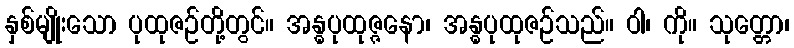
နှစ်မျိုးသော ပုထုဇဉ်တို့တွင်။ အန္ဓပုထုဇ္ဇနော၊ အန္ဓပုထုဇဉ်သည်။ ဝါ၊ ကို။ သုတ္တော၊